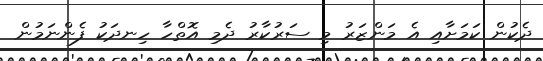
ދެކުން ކަމަށާއި އެ މަންޒަރު މި ސަރުކާރު ދެމި އޮތްހާ ހިނދަކު ފެންނަމުން